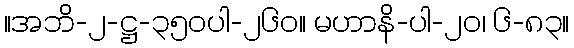
။အဘိ-၂-ဋ္ဌ-၃၅၀ပါ-၂၆၀။ မဟာနိ-ပါ-၂၀၊ ၆-၈၃။